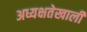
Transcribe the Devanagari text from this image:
अध्यक्षतेखालीं